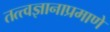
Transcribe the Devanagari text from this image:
तत्त्वज्ञानाप्रमाणे